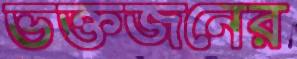
ভক্তজনের